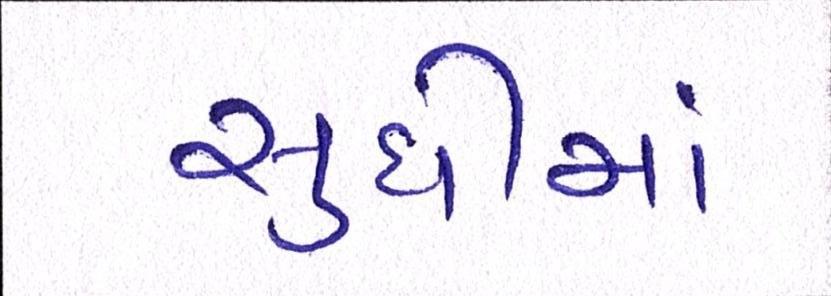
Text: સુધીમાં